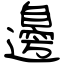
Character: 邊